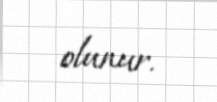
olunur.